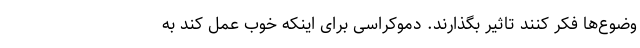
وضوع‌ها فکر ‌کنند تاثیر بگذارند. دموکراسی برای اینکه خوب عمل کند به